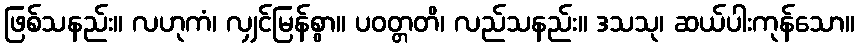
ဖြစ်သနည်း။ လဟုကံ၊ လျှင်မြန်စွာ။ ပဝတ္တတိ၊ လည်သနည်း။ ဒသသု၊ ဆယ်ပါးကုန်သော။